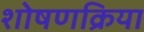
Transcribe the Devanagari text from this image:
शोषणक्रिया